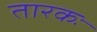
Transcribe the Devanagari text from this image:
तारकः